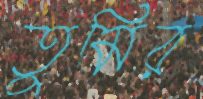
তুমির